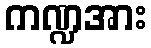
ကဏ္ဍအား